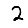
Digit: 2